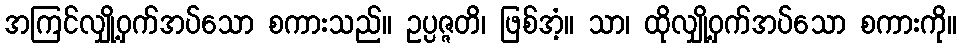
အကြင်လျှို့ဝှက်အပ်သော စကားသည်။ ဥပ္ပဇ္ဇတိ၊ ဖြစ်အံ့။ သာ၊ ထိုလျှို့ဝှက်အပ်သော စကားကို။